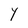
Character: Y